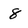
Character: 8